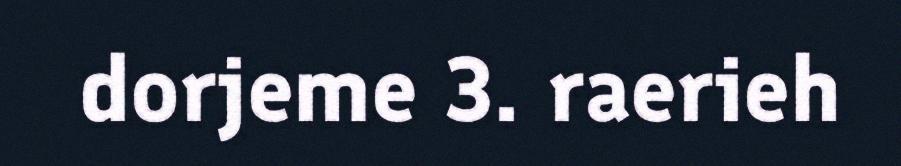
dorjeme 3. raerieh